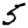
Digit: 5